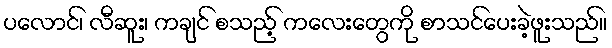
ပလောင်၊ လီဆူး၊ ကချင် စသည့် ကလေးတွေကို စာသင်ပေးခဲ့ဖူးသည်။